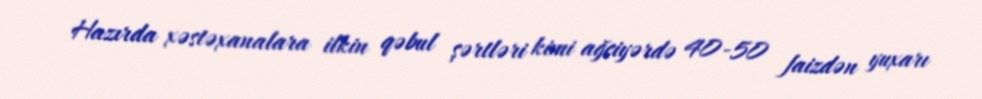
Hazırda xəstəxanalara ilkin qəbul şərtləri kimi ağciyərdə 40-50 faizdən yuxarı